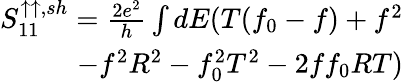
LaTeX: \begin{array}{r}{S_{11}^{\uparrow\uparrow,sh}=\frac{2e^{2}}{h}\int dE(T(f_{0}-f)+f^{2}}\\ {-f^{2}R^{2}-f_{0}^{2}T^{2}-2ff_{0}RT)}\end{array}